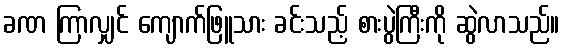
ခဏ ကြာလျှင် ကျောက်ဖြူသား ခင်းသည့် စားပွဲကြီးကို ဆွဲလာသည်။